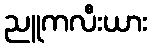
ညူကလီးယား